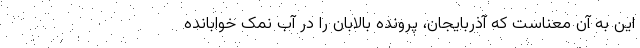
این به آن معناست که آذربایجان، پرونده بالابان را در آب نمک خوابانده